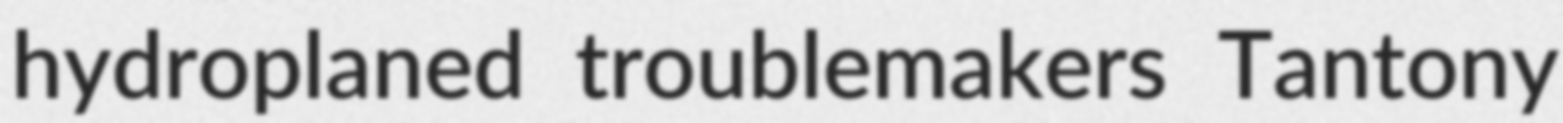
hydroplaned troublemakers Tantony